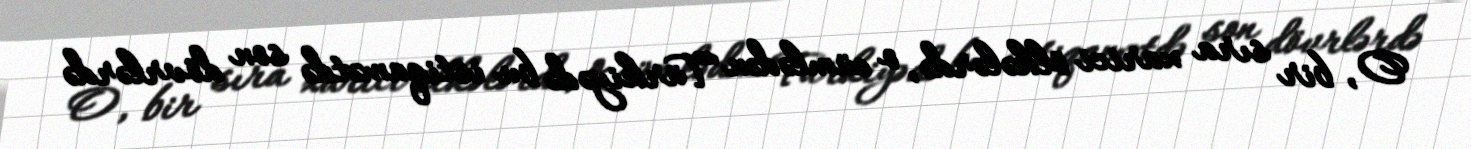
O, bir sıra xarici ölkələrdə, o cümlədən Türkiyədə bu istiqamətdə son dövrlərdə